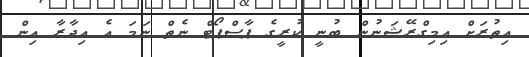
އިތުރަށް އިމިގްރޭޝަނުން ބުނީ ކުރީގެ ޕާސްޕޯޓް ނެތް ނަމަ އެ އިދާރާ އިން